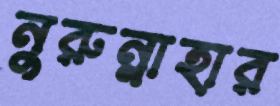
নুরুন্নাহার